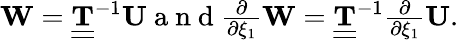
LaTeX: \begin{array}{r}{\mathbf{W}=\underline{{\underline{{\mathbf T}}}}^{-1}\mathbf{U}\mathrm{~a~n~d~}\frac{\partial}{\partial\xi_{1}}\mathbf{W}=\underline{{\underline{{\mathbf T}}}}^{-1}\frac{\partial}{\partial\xi_{1}}\mathbf{U}.}\end{array}